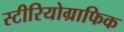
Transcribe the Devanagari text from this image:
स्टीरियोग्राफिक